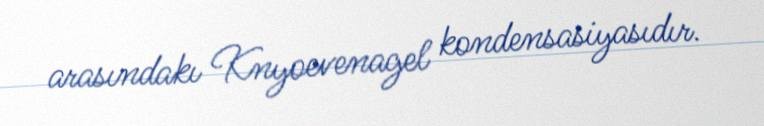
arasındakı Knyoevenagel kondensasiyasıdır.